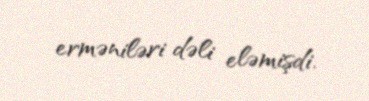
erməniləri dəli eləmişdi.